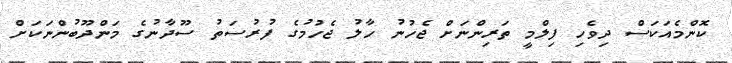
ކޮންމެއަކަސް ދިވެހި ފިލްމީ ތަރިންނަށް ޖެހުނު ހާލު ޖެހުމުގެ ފުރުސަތު ސޫދާނުގެ މަންދޫބުންނަކަށް